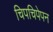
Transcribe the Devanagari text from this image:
चिपचिपेपन